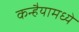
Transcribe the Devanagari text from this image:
कन्हैयामध्ये